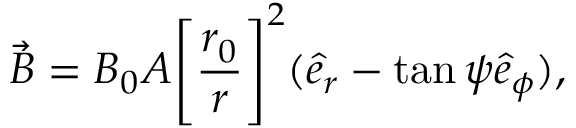
\vec { B } = B _ { 0 } A \Bigg [ \frac { r _ { 0 } } { r } \Bigg ] ^ { 2 } ( \hat { e } _ { r } - \tan \psi \hat { e } _ { \phi } ) ,